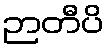
ဉာတီပိ